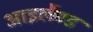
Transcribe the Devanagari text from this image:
आइलैण्‍ड